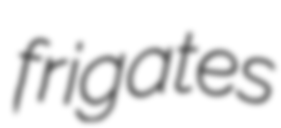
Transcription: frigates